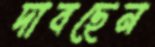
দাবছেন